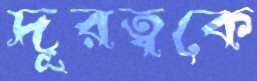
দূরত্বকে